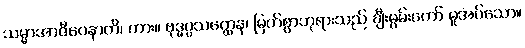
သမ္မာအာဇီဝေနာတိ၊ ကား။ ဗုဒ္ဓပ္ပသတ္ထေန၊ မြတ်စွာဘုရားသည် ချီးမွမ်းတော် မူအပ်သော။